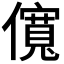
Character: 𫣷